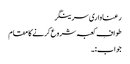
رعناواری سرینگر
طوافِ کعبہ شروع کرنے کا مقام
جواب:۔